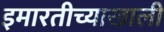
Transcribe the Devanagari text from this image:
इमारतीच्याखाली